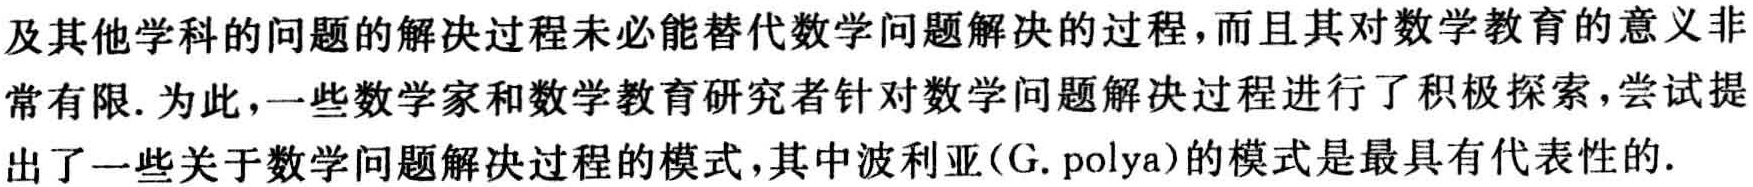
及其他学科的问题的解决过程未必能替代数学问题解决的过程,而且其对数学教育的意义非常有限. 为此,一些数学家和数学教育研究者针对数学问题解决过程进行了积极探索, 尝试提出了一些关于数学问题解决过程的模式,其中波利亚(G. polya)的模式是最具有代表性的.